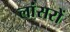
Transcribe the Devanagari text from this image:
लांसरों